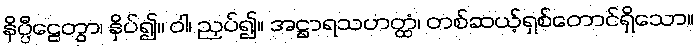
နိပ္ပီဠေတွာ၊ နှိပ်၍။ ဝါ၊ ညှပ်၍။ အဋ္ဌာရသဟတ္ထံ၊ တစ်ဆယ့်ရှစ်တောင်ရှိသော။